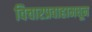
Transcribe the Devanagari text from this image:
विचारप्रवाहामधून